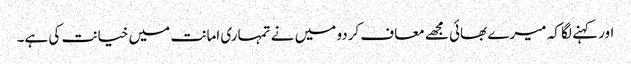
اور کہنے لگا کہ میرے بھائی مجھے معاف کردو میں نے تمہاری امانت میں خیانت کی ہے۔